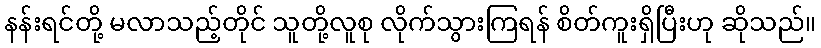
နန်းရင်တို့ မလာသည့်တိုင် သူတို့လူစု လိုက်သွားကြရန် စိတ်ကူးရှိပြီးဟု ဆိုသည်။